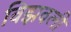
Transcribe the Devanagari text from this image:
विझवली